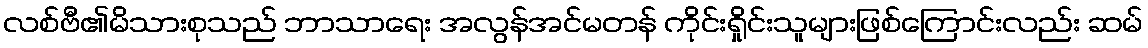
လစ်ဗီ၏မိသားစုသည် ဘာသာရေး အလွန်အင်မတန် ကိုင်းရှိုင်းသူများဖြစ်ကြောင်းလည်း ဆမ်